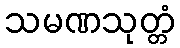
သမဏသုတ္တံ